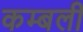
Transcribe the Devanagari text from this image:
कम्बली